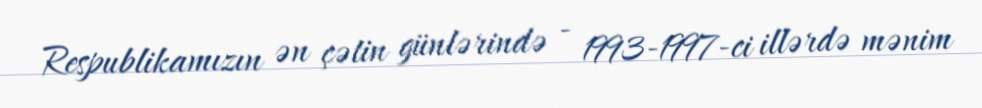
Respublikamızın ən çətin günlərində - 1993-1997-ci illərdə mənim